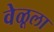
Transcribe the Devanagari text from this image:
वेळूला